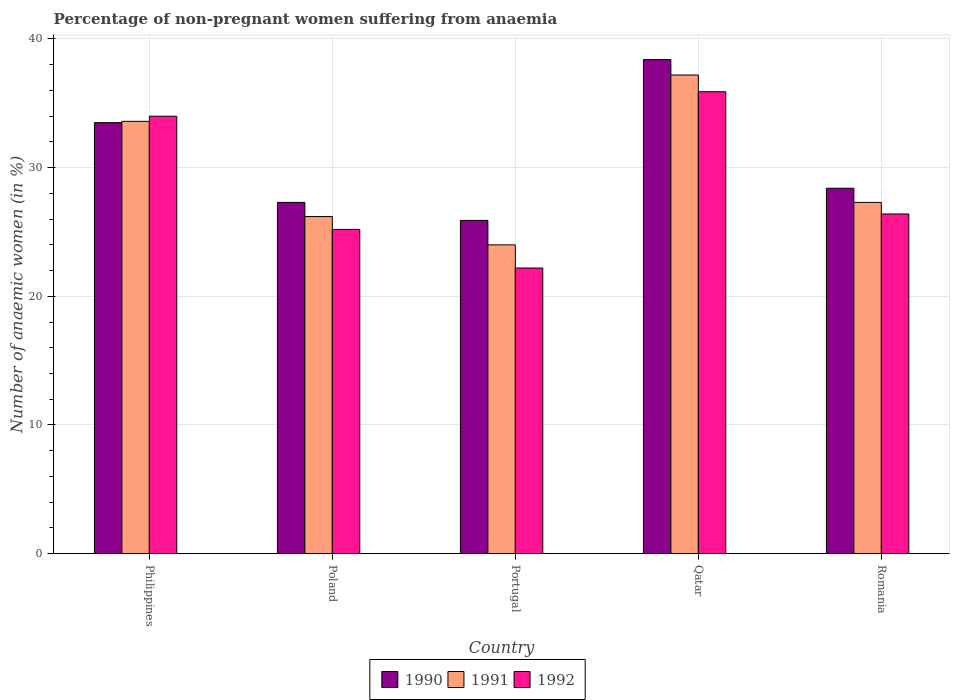
| Country | 1990 | 1991 | 1992 |
 | --- | --- | --- | --- |
 | Philippines | 33.5 | 33.6 | 34 |
 | Poland | 27.3 | 26.2 | 25.2 |
 | Portugal | 25.9 | 24 | 22.2 |
 | Qatar | 38.4 | 37.2 | 35.9 |
 | Romania | 28.4 | 27.3 | 26.4 |